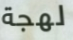
لهجة